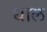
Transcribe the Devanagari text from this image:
धाल